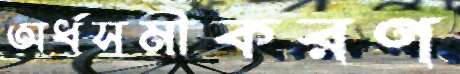
অর্ধসমীকরণ